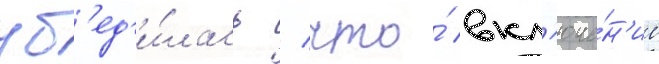
уб'ед'и́лась / что́ вкл'юче́н'ие